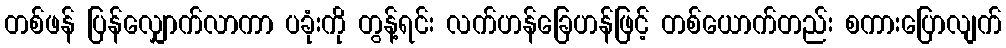
တစ်ဖန် ပြန်လျှောက်လာကာ ပခုံးကို တွန့်ရင်း လက်ဟန်ခြေဟန်ဖြင့် တစ်ယောက်တည်း စကားပြောလျက်